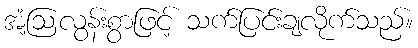
အံ့ဩလွန်းစွာဖြင့် သက်ပြင်းချလိုက်သည်။